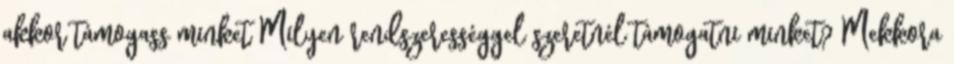
akkor támogass minket Milyen rendszerességgel szeretnél támogatni minket? Mekkora